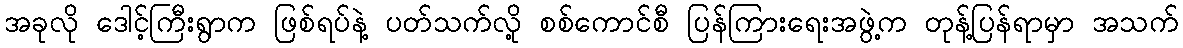
အခုလို ဒေါင့်ကြီးရွာက ဖြစ်ရပ်နဲ့ ပတ်သက်လို့ စစ်ကောင်စီ ပြန်ကြားရေးအဖွဲ့က တုန့်ပြန်ရာမှာ အသက်